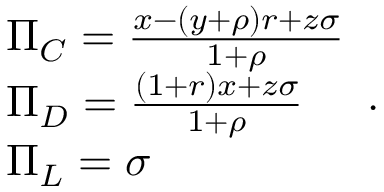
\begin{array} { l } { \Pi _ { C } = \frac { x - ( y + \rho ) r + z \sigma } { 1 + \rho } } \\ { \Pi _ { D } = \frac { ( 1 + r ) x + z \sigma } { 1 + \rho } } \\ { \Pi _ { L } = \sigma } \end{array} .